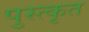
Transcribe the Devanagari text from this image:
पुस्त्कृत